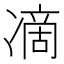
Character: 𭂞